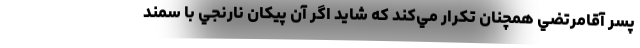
پسر آقامرتضي همچنان تكرار مي‌كند كه شايد اگر آن پيكان نارنجي با سمند